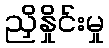
ညှိနှိုင်းမှု